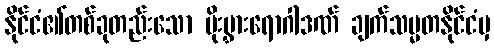
နိုင်ငံ၏တစ်ခုတည်းသော ပိုးမွှားရောဂါဒဏ် ချက်သမ္မတနိုင်ငံမှ